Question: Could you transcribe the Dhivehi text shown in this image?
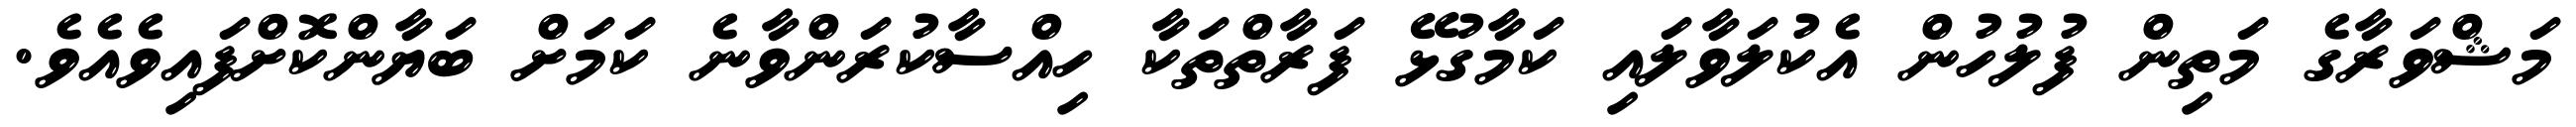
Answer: މަޝްވަރާގެ މަތިން ފުލުހުން އެކުލަވާލައި ކަމާގުޅޭ ފަރާތްތަކާ ހިއްސާކުރަންވާނެ ކަމަށް ބަޔާންކޮށްފައިވެއެވެ.